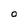
Character: O